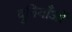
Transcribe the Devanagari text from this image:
दुनियाँओं